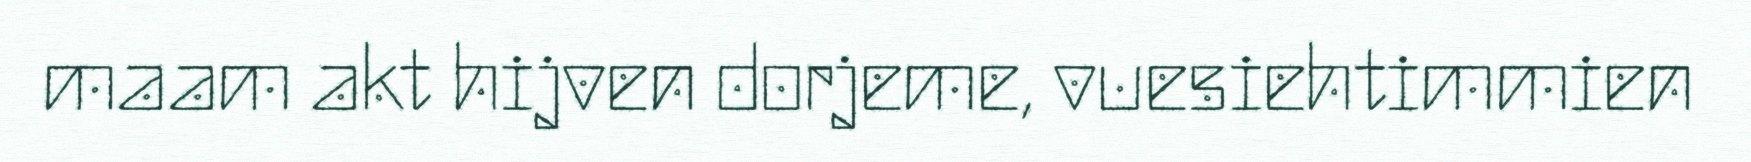
maam akt hijven dorjeme, vuesiehtimmien